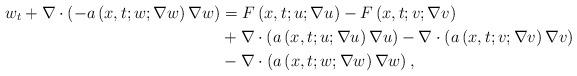
LaTeX: \begin{align*}w_{t}+\nabla\cdot\left(-a\left(x,t;w;\nabla w\right)\nabla w\right) & =F\left(x,t;u;\nabla u\right)-F\left(x,t;v;\nabla v\right) \\& +\nabla\cdot\left(a\left(x,t;u;\nabla u\right)\nabla u\right)-\nabla\cdot\left(a\left(x,t;v;\nabla v\right)\nabla v\right) \\& -\nabla\cdot\left(a\left(x,t;w;\nabla w\right)\nabla w\right),\end{align*}